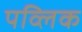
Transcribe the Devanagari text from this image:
पव्लिक